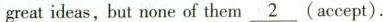
great ideas, but none of them \underline{2}(accept).